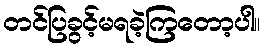
တင်ပြခွင့်မရခဲ့ကြတော့ပါ။